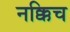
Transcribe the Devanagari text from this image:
नक्किच